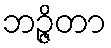
ဘဉ္ဇိတာ